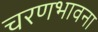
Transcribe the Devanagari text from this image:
चरणभावना